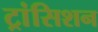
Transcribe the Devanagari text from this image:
ट्रांसिशन